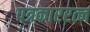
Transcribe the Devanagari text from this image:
पत्रकाररत्न